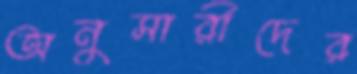
অনুসারীদের